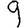
Digit: 9